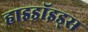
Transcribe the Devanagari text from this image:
हाइड्रॉइड्स